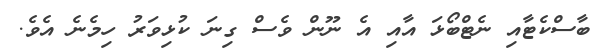
ބާސްކެޓާއި ނެޓްބޯޅަ އާއި އެ ނޫން ވެސް ގިނަ ކުޅިވަރު ހިމެނެ އެވެ.